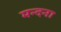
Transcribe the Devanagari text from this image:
मन्दना